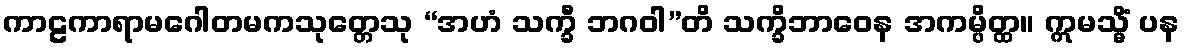
ကာဠကာရာမဂေါတမကသုတ္တေသု “အဟံ သက္ခီ ဘဂဝါ”တိ သက္ခိဘာဝေန အကမ္ပိတ္ထ။ ဣမသ္မိံ ပန